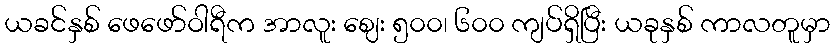
ယခင်နှစ် ဖေဖော်ဝါရီက အာလူး ဈေး ၅၀၀၊ ၆၀၀ ကျပ်ရှိပြီး ယခုနှစ် ကာလတူမှာ